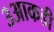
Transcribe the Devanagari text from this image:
३आकडी